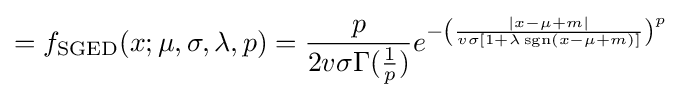
=f_{\text{SGED}}(x;\mu ,\sigma ,\lambda ,p)={\frac {p}{2v\sigma \Gamma ({\frac {1}{p}})}}e^{-\left({\frac {|x-\mu +m|}{v\sigma [1+\lambda \operatorname {sgn}(x-\mu +m)]}}\right)^{p}}